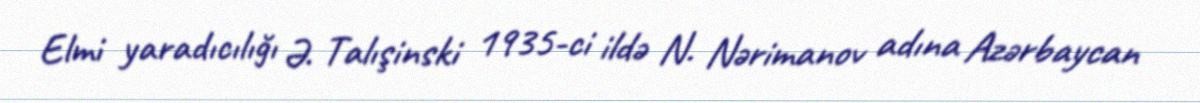
Elmi yaradıcılığı Ə. Talışinski 1935-ci ildə N. Nərimanov adına Azərbaycan